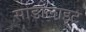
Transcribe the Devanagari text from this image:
सोडालाइट